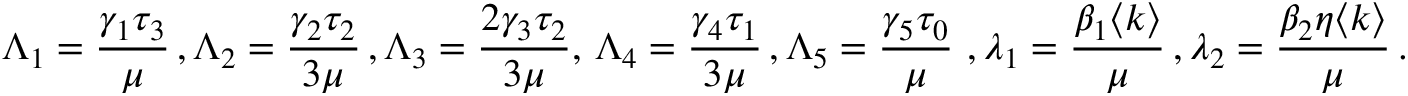
\Lambda _ { 1 } = \frac { \gamma _ { 1 } \tau _ { 3 } } { \mu } \, , \Lambda _ { 2 } = \frac { \gamma _ { 2 } \tau _ { 2 } } { 3 \mu } \, , \Lambda _ { 3 } = \frac { 2 \gamma _ { 3 } \tau _ { 2 } } { 3 \mu } , \, \Lambda _ { 4 } = \frac { \gamma _ { 4 } \tau _ { 1 } } { 3 \mu } \, , \Lambda _ { 5 } = \frac { \gamma _ { 5 } \tau _ { 0 } } { \mu } \, \, , \lambda _ { 1 } = \frac { \beta _ { 1 } \langle k \rangle } { \mu } \, , \lambda _ { 2 } = \frac { \beta _ { 2 } \eta \langle k \rangle } { \mu } \, .